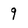
Character: 9